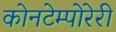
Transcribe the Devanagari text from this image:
कोनटेम्पोरेरी